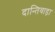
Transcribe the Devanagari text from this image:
दान्तिवाड़ा